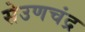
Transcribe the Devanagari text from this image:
सेउणचंद्र